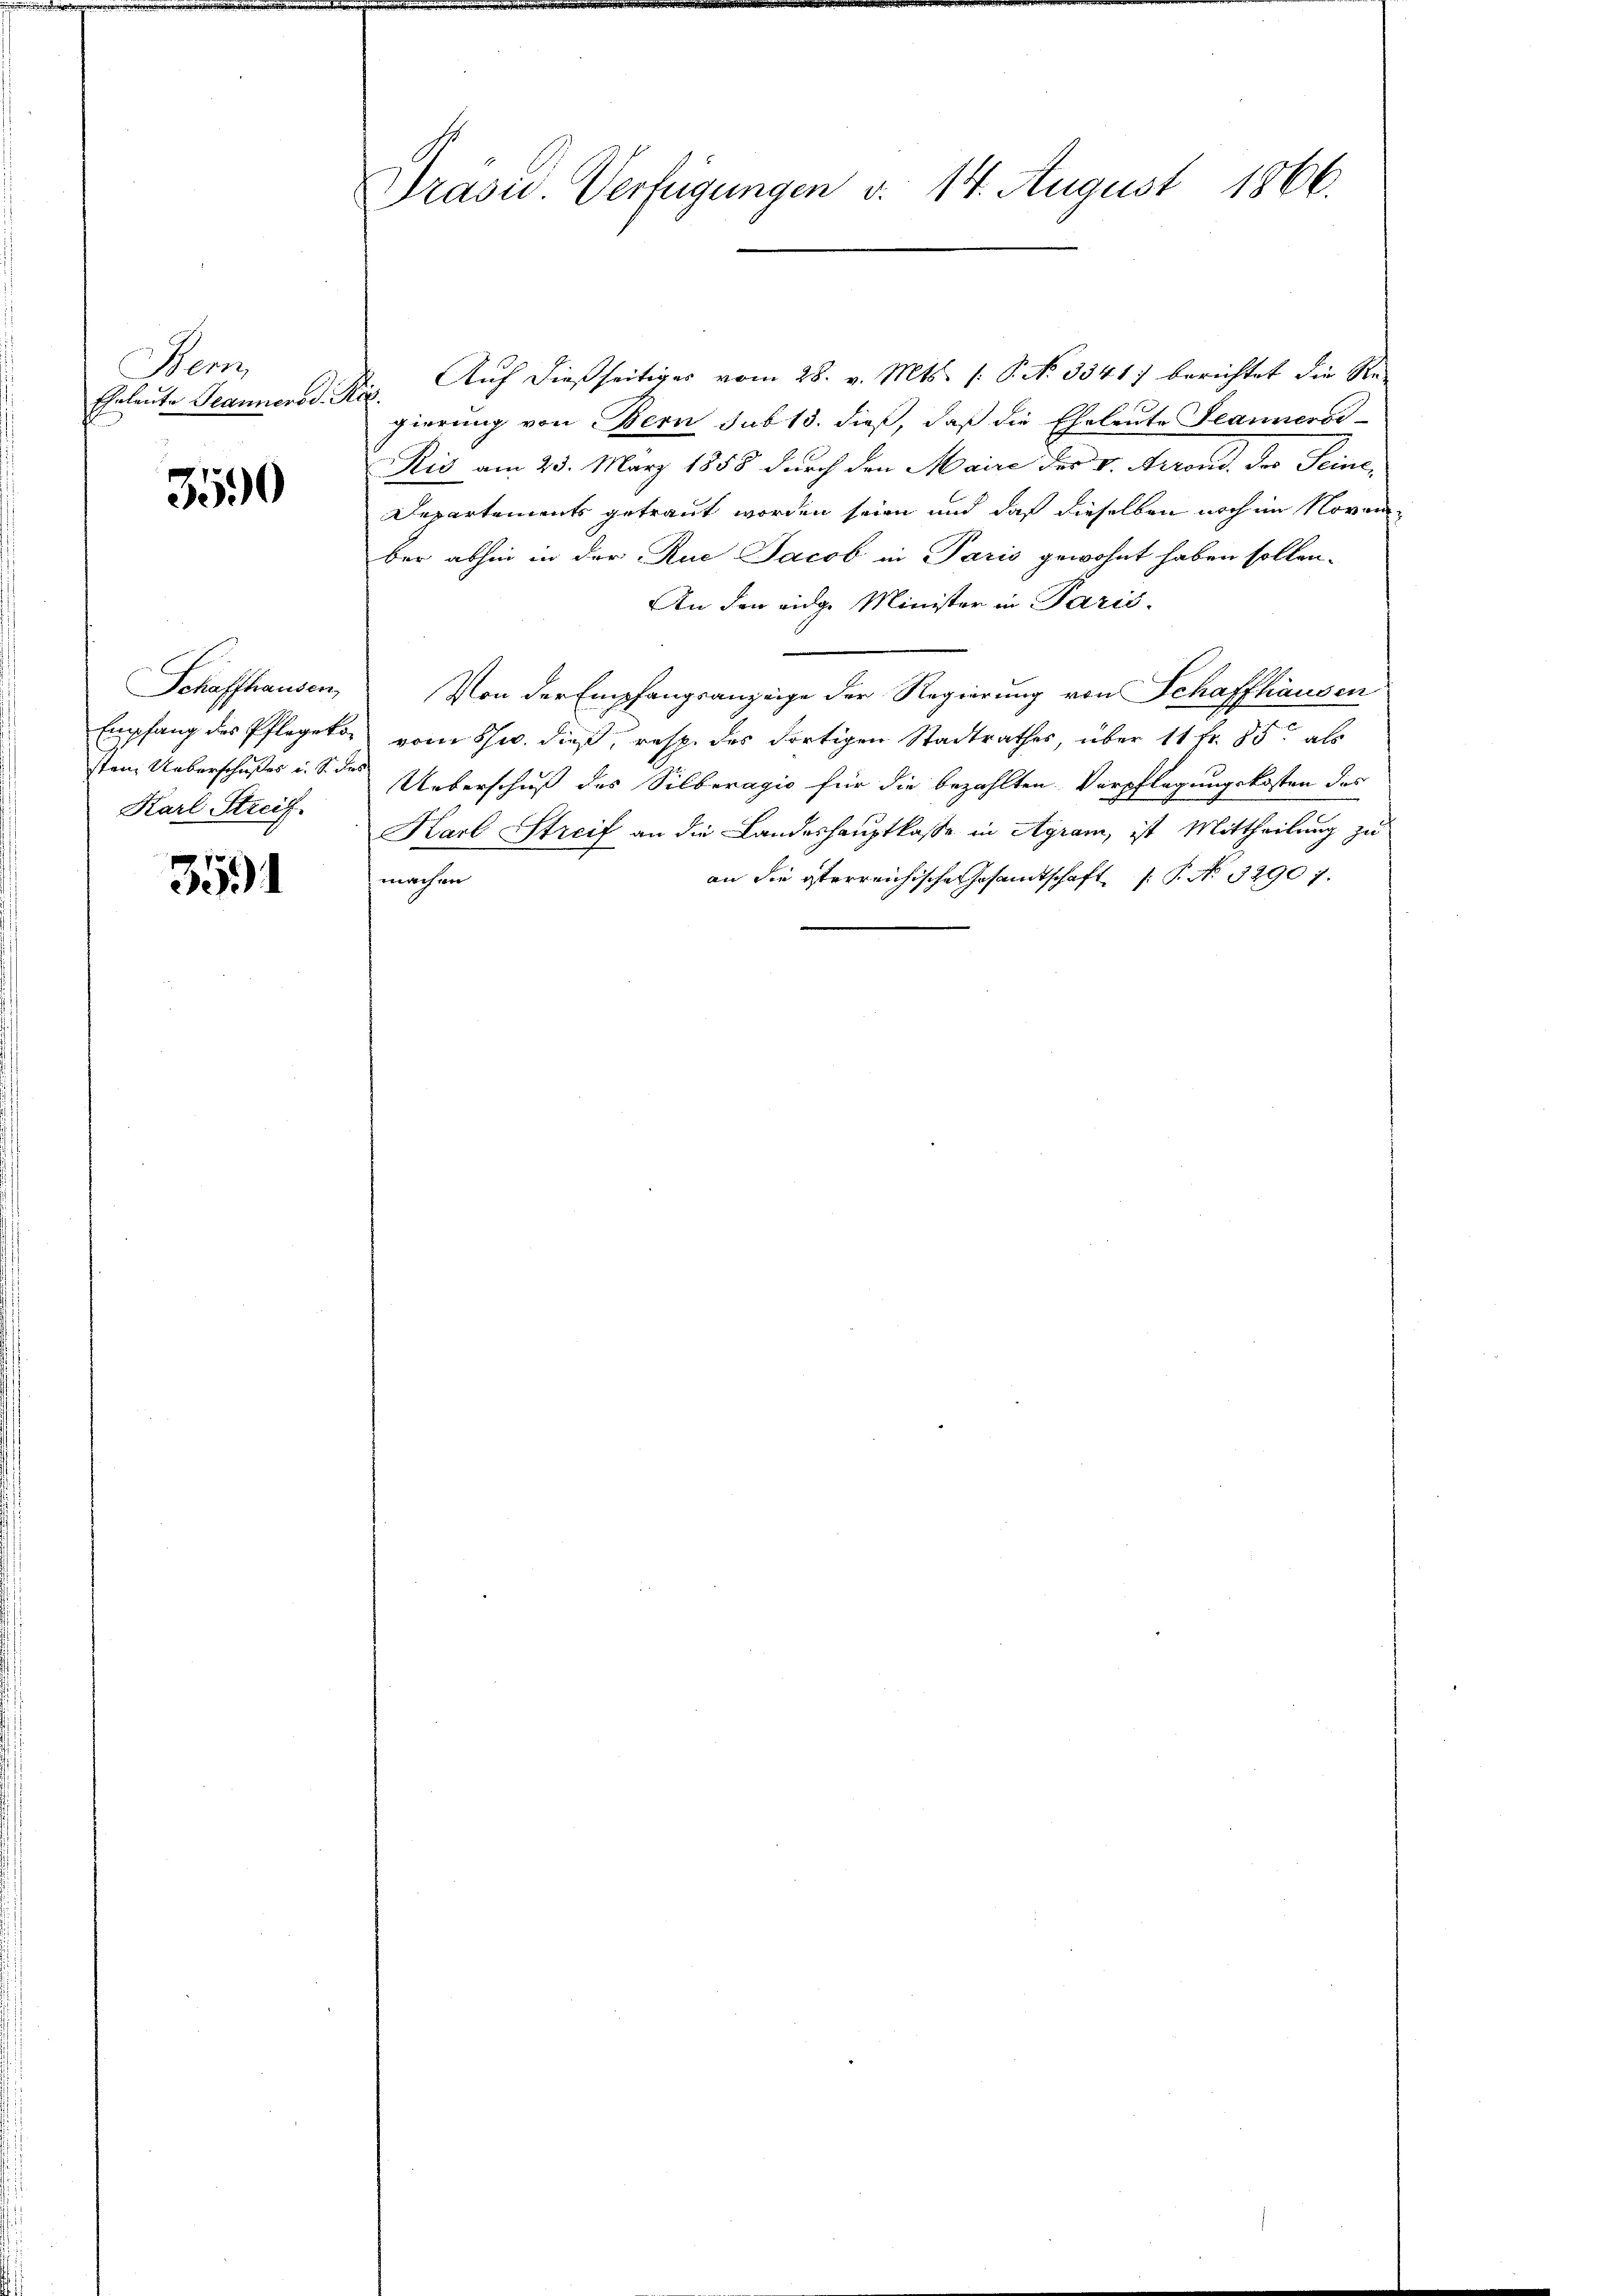
Hen
Eheleute Jeannerod. S

3590

Schaffhausen,
Empfang des Pflegeko
Karl Streif

351

Präsid. Verfügungen v. 14. August 1866.

Auf dießseitiges vom 28. v. Mts. (: P. No 3341) berichtet die Re-
.
gierung von Bern sub 13. dieß, daß die Eheleute Jeannerst-
Ris am 25. März 1858 durch den Maire der v. Arrond. Der Seine¬
Departements getraut worden seien und daß dieselben noch im November abhin in der Rue Jacob in Paris gewohnt haben sollen.
An den eidge Minister in Paris.
Von der Empfangsanzeige der Regierung von Schaffhausen
vom Schw. dieß, resp. des dortigen Stadtrathes, über 11 fr. 55 als
sten Ueberschußes u. S. des Ueberschuß des Silberagio für die bezahlten Verpflegungskosten des
Karl Streif an die Landeshauptkasse in Agram, ist Mittheilung zu
an die terreichische Gesamtschaft P. No. 32907.
machen